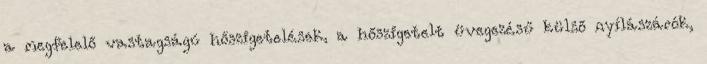
a megfelelő vastagságú hőszigetelések, a hőszigetelt üvegezésű külső nyílászárók,